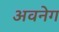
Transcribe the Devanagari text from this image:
अवनेग